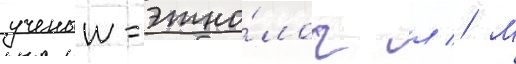
ученыи-этно́лог л // М